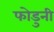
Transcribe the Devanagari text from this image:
फोडुनी